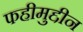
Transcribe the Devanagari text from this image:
फहीमुद्दीन